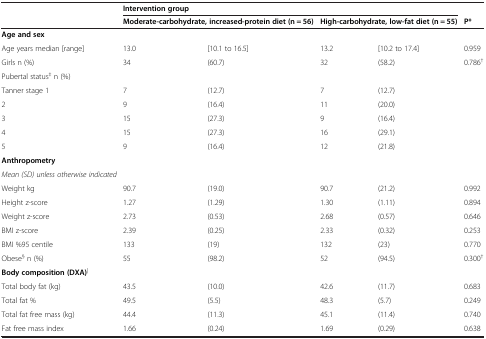
<table><thead><tr><td></td><td colspan="4"><b>Intervention group</b></td><td></td></tr><tr><td></td><td colspan="2"><b>Moderate-carbohydrate, increased-protein diet (n = 56)</b></td><td colspan="2"><b>High-carbohydrate, low-fat diet (n = 55)</b></td><td><b>P*</b></td></tr></thead><tbody><tr><td><b>Age and sex</b></td><td></td><td></td><td></td><td></td><td></td></tr><tr><td>Age years median [range]</td><td>13.0</td><td>[10.1 to 16.5]</td><td>13.2</td><td>[10.2 to 17.4]</td><td>0.959</td></tr><tr><td>Girls n (%)</td><td>34</td><td>(60.7)</td><td>32</td><td>(58.2)</td><td>0.786<sup>†</sup></td></tr><tr><td>Pubertal status<sup>‡</sup> n (%)</td><td></td><td></td><td></td><td></td><td></td></tr><tr><td>Tanner stage 1</td><td>7</td><td>(12.7)</td><td>7</td><td>(12.7)</td><td></td></tr><tr><td>2</td><td>9</td><td>(16.4)</td><td>11</td><td>(20.0)</td><td></td></tr><tr><td>3</td><td>15</td><td>(27.3)</td><td>9</td><td>(16.4)</td><td></td></tr><tr><td>4</td><td>15</td><td>(27.3)</td><td>16</td><td>(29.1)</td><td></td></tr><tr><td>5</td><td>9</td><td>(16.4)</td><td>12</td><td>(21.8)</td><td></td></tr><tr><td><b>Anthropometry</b></td><td rowspan="2"></td><td rowspan="2"></td><td rowspan="2"></td><td rowspan="2"></td><td rowspan="2"></td></tr><tr><td><i>Mean (SD) unless otherwise indicated</i></td></tr><tr><td>Weight kg</td><td>90.7</td><td>(19.0)</td><td>90.7</td><td>(21.2)</td><td>0.992</td></tr><tr><td>Height z-score</td><td>1.27</td><td>(1.29)</td><td>1.30</td><td>(1.11)</td><td>0.894</td></tr><tr><td>Weight z-score</td><td>2.73</td><td>(0.53)</td><td>2.68</td><td>(0.57)</td><td>0.646</td></tr><tr><td>BMI z-score</td><td>2.39</td><td>(0.25)</td><td>2.33</td><td>(0.32)</td><td>0.253</td></tr><tr><td>BMI %95 centile</td><td>133</td><td>(19)</td><td>132</td><td>(23)</td><td>0.770</td></tr><tr><td>Obese<sup>§</sup> n (%)</td><td>55</td><td>(98.2)</td><td>52</td><td>(94.5)</td><td>0.300<sup>†</sup></td></tr><tr><td><b>Body composition (DXA)</b><sup>|</sup></td><td></td><td></td><td></td><td></td><td></td></tr><tr><td>Total body fat (kg)</td><td>43.5</td><td>(10.0)</td><td>42.6</td><td>(11.7)</td><td>0.683</td></tr><tr><td>Total fat %</td><td>49.5</td><td>(5.5)</td><td>48.3</td><td>(5.7)</td><td>0.249</td></tr><tr><td>Total fat free mass (kg)</td><td>44.4</td><td>(11.3)</td><td>45.1</td><td>(11.4)</td><td>0.740</td></tr><tr><td>Fat free mass index</td><td>1.66</td><td>(0.24)</td><td>1.69</td><td>(0.29)</td><td>0.638</td></tr></tbody></table>